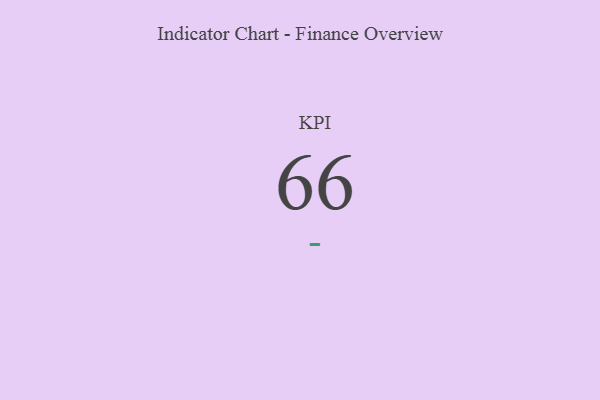
{"axis": {"x": "KPI", "y": "Value"}, "legend": [""], "data": [{"x": "KPI", "y": 66, "type": ""}]}